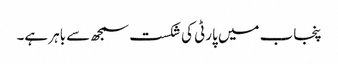
پنجاب میں پارٹی کی شکست سمجھ سے باہر ہے۔